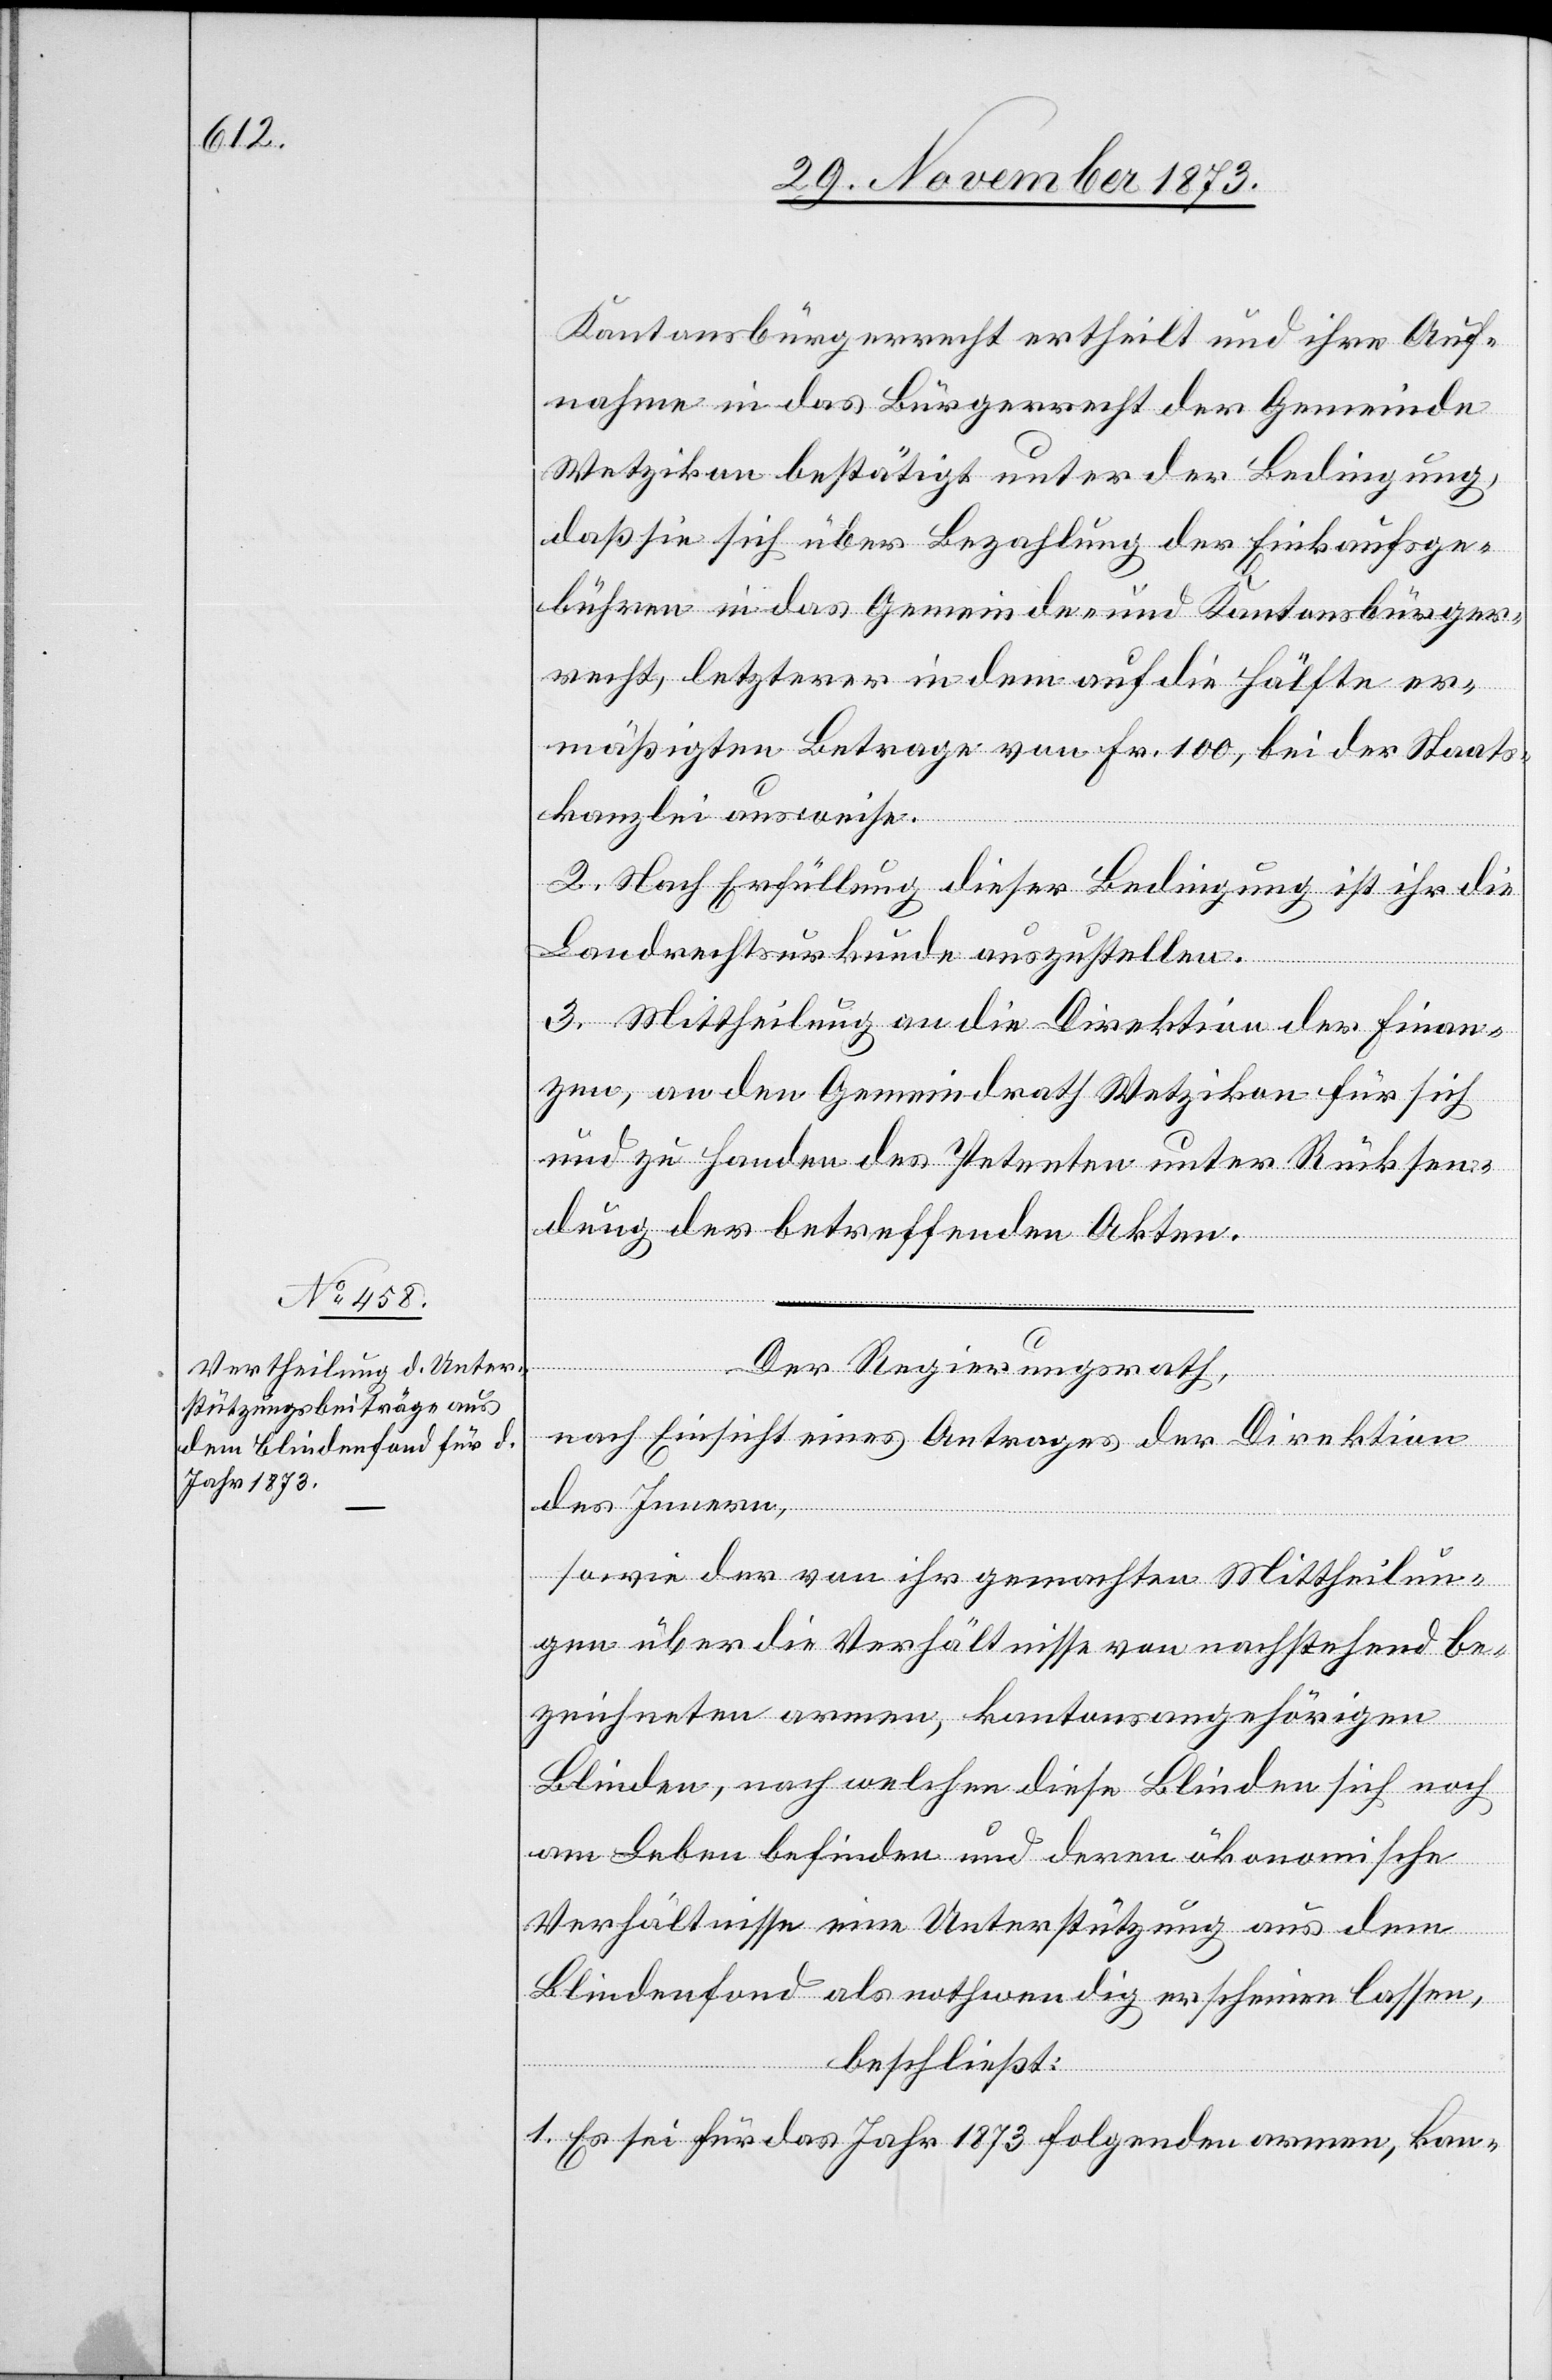
Kantonsbürgerrecht ertheilt und ihre Auf¬
nahme in das Bürgerrecht der Gemeinde
Wetzikon bestätigt unter der Bedingung,
daß sie sich über Bezahlung der Einkaufsge¬
bühren in das Gemeinde- und Kantonsbürger¬
recht, letzterer in dem auf die Hälfte er¬
mäßigten Betrage von Fr. 100, bei der Staats¬
kanzlei ausweise.
2. Nach Erfüllung dieser Bedingung ist ihr die
Landrechtsurkunde auszustellen.
3. Mittheilung an die Direktion der Finan¬
zen, an den Gemeindrath Wetzikon für sich
und zu Handen des Petenten unter Rücksen¬
dung der betreffenden Akten.
Der Regierungsrath,
nach Einsicht eines Antrages der Direktion
des Innern,
sowie der von ihr gemachten Mittheilun¬
gen über die Verhältnisse von nachstehend be¬
zeichneten armen, kantonsangehörigen
Blinden, nach welchen diese Blinden sich noch
am Leben befinden und deren ökonomische
Verhältnisse eine Unterstützung aus dem
Blindenfond als nothwendig erscheinen lassen,
beschließt:
1. Es sei für das Jahr 1873 folgenden armen, kan-